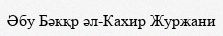
Әбу Бәкқр әл-Кахир Журжани